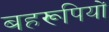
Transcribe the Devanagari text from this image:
बहरूपियों